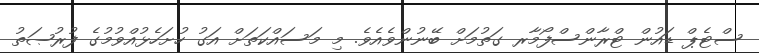
ސްޓެޕް ޑައުން ޓްރާންސްފޯމާރ ގަތުމަށް ބޭނުންވެއެވެ. މި މަސައްކަތަށް އަގު ހުށަހެޅުއްވުމުގެ ފުރުޞަތު